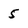
Character: 5